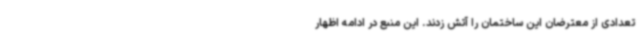
تعدادی از معترضان این ساختمان را آتش زدند. این منبع در ادامه اظهار